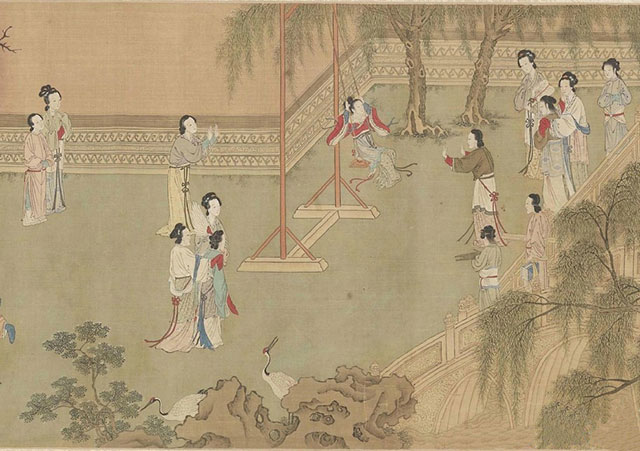
日暮汉宫传蜡烛，轻烟散入五侯家。